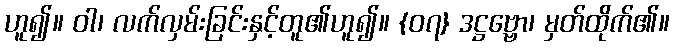
ဟူ၍။ ဝါ၊ လက်လှမ်းခြင်းနှင့်တူ၏ဟူ၍။ {၀၇} ဒဋ္ဌဗ္ဗော၊ မှတ်ထိုက်၏။